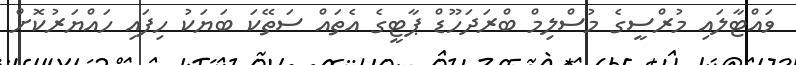
ވައްޓާލައި މުރްސީގެ މުސްލިމް ބްރަދަހޫޑް ޕާޓީގެ އެތައް ސަތޭކަ ބަޔަކު ހިފައި ހައްޔަރުކޮށް